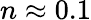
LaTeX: n\approx 0.1